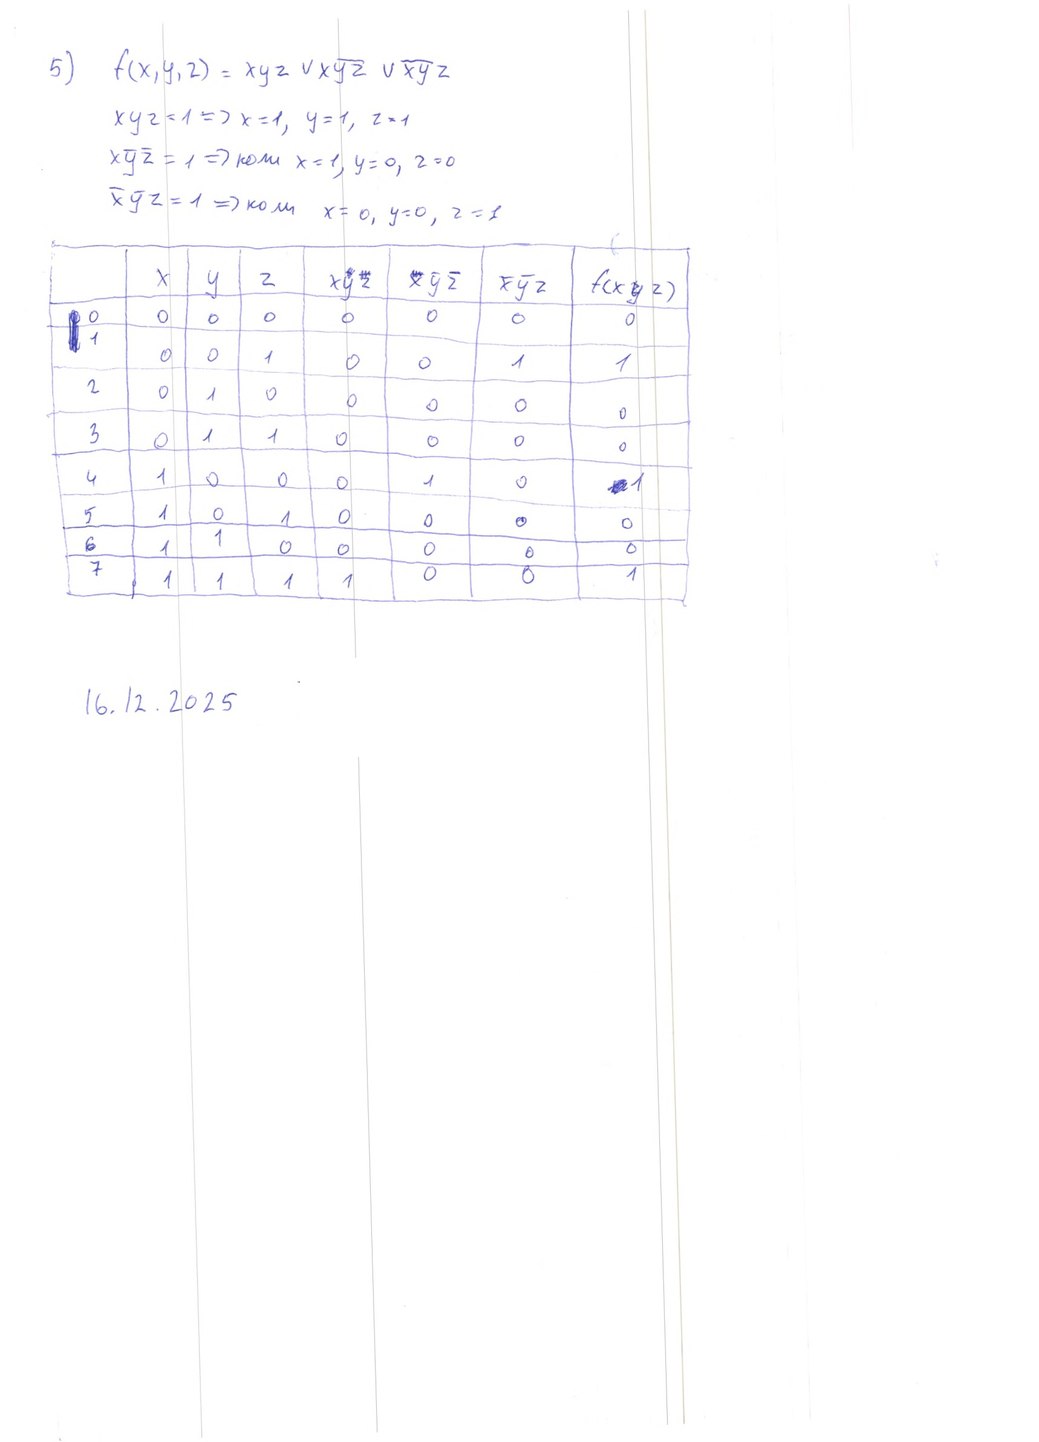
5) f(x,y,z) = xyz v xȳŹ v ēȳz
xyz = 1 => x=1, y=1, z=1
x y z=1 коли x = 1, y = 1, z = 1
xyz = 1 => коли x = 0, y = 0, z = 1
|x|y|z|x y z|x y z|x y z|f(x y z)
0|0
1|0|0|1|0|0|1|1
2|0|1|0
3|0|1|1|0
4|1|0|0|0|1|0|1
5|1|0|1|0
6|1|1|0
7|1|0|0|1
16.12.2025